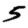
Digit: 5